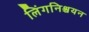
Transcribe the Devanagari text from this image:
लिंगनिश्चयन